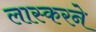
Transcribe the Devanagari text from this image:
लास्करने